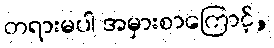
တရားမပါ အမှားစာကြောင့်,